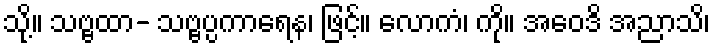
သို့။ သဗ္ဗထာ- သဗ္ဗပ္ပကာရေန၊ ဖြင့်။ လောကံ၊ ကို။ အဝေဒိ အညာသိ၊